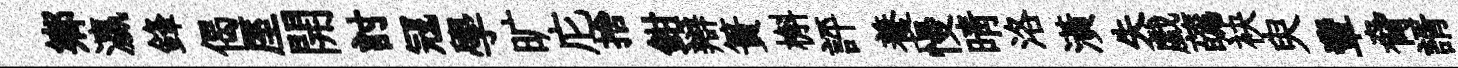
鄕瀛鋒偈厔開討冦學旷庀捨鉗辯簣槲評養慢晴洛潢失戯蘤袂臾輩脅諝